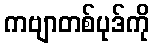
ကဗျာတစ်ပုဒ်ကို